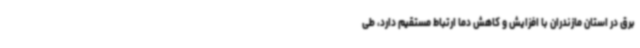
برق در استان مازندران با افزایش و کاهش دما ارتباط مستقیم دارد، طی